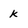
Character: k